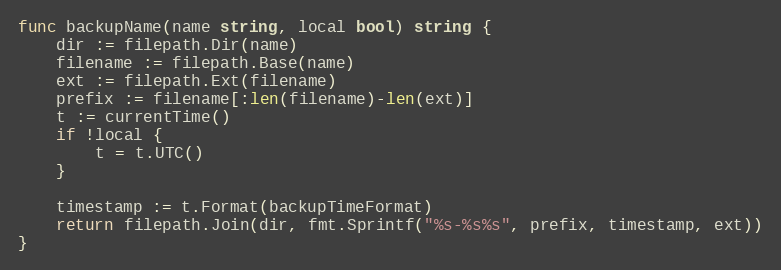
Language: Go
func backupName(name string, local bool) string {
	dir := filepath.Dir(name)
	filename := filepath.Base(name)
	ext := filepath.Ext(filename)
	prefix := filename[:len(filename)-len(ext)]
	t := currentTime()
	if !local {
		t = t.UTC()
	}

	timestamp := t.Format(backupTimeFormat)
	return filepath.Join(dir, fmt.Sprintf("%s-%s%s", prefix, timestamp, ext))
}